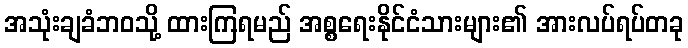
အသုံးချခံဘဝသို့ ထားကြရမည် အစ္စရေးနိုင်ငံသားများ၏ အားလပ်ရပ်တခု